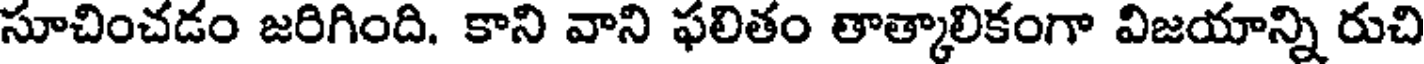
సూచించడం జరిగింది. కాని వాని ఫలితం తాత్కాలికంగా విజయాన్ని రుచి